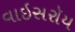
વાઇસરૉય